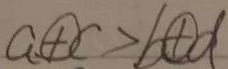
a \textcircled { + } c > b \textcircled { + } d